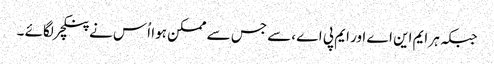
جبکہ ہر ایم این اے اور ایم پی اے ،سے جس سے ممکن ہوا اُس نے پنکچر لگائے ۔